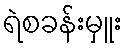
ရဲစခန်းမှူး